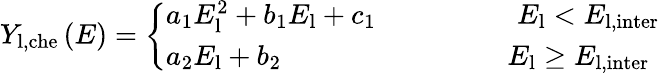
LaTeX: Y_{\mathrm{l,che}}\left(E\right)=\left\{ \begin{array}{l}{a_{1}E_{\mathrm{l}}^{2}+b_{1}E_{\mathrm{l}}+c_{1}\quad\qquad\qquad E_{\mathrm{l}}<{E_{\mathrm{l,inter}}}}\\ {a_{2}E_{\mathrm{l}}+b_{2}\qquad\qquad\qquad\qquad E_{\mathrm{l}}\ge{E_{\mathrm{l,inter}}}}\end{array}\right.